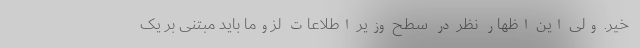
خیر. ولی این اظهار نظر در سطح وزیر اطلاعات لزوماً باید مبتنی بر یک